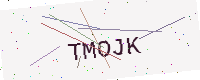
Text: TMOJK